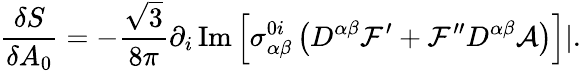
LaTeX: \frac{\delta S}{\delta A_{0}}=-\frac{\sqrt{3}}{8\pi}\partial_{i}\, \mathrm{Im}\left[\sigma_{\alpha\beta}^{0i}\left(D^{\alpha\beta}{\cal F}^{\prime}+{\cal F}^{\prime\prime}D^{\alpha\beta}{\cal A}\right)\right]|.